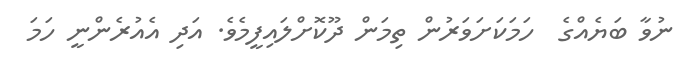
ނުވާ ބަޔެއްގެ  ހަމަކަށަވަރުން ތިމަން ދޫކޮށްލައިފީމެވެ. އަދި އެއުރެންނީ ހަމަ